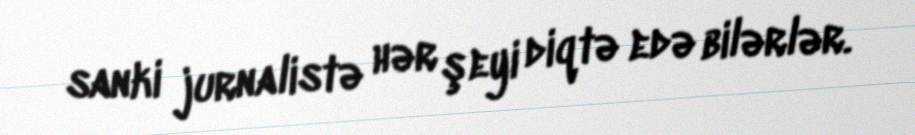
sanki jurnalistə hər şeyi diqtə edə bilərlər.